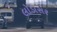
લોડાસર